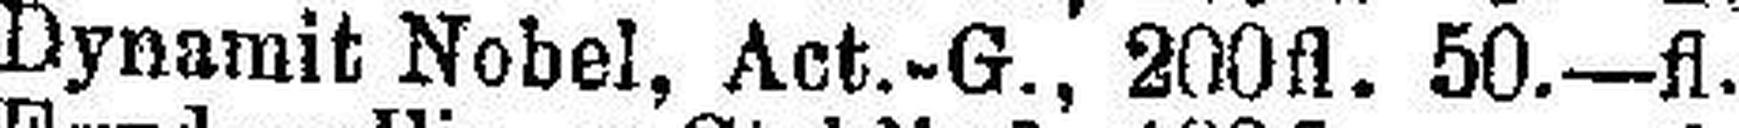
Dynamit Nobel, Act.-G., 200fl. 50—fl.